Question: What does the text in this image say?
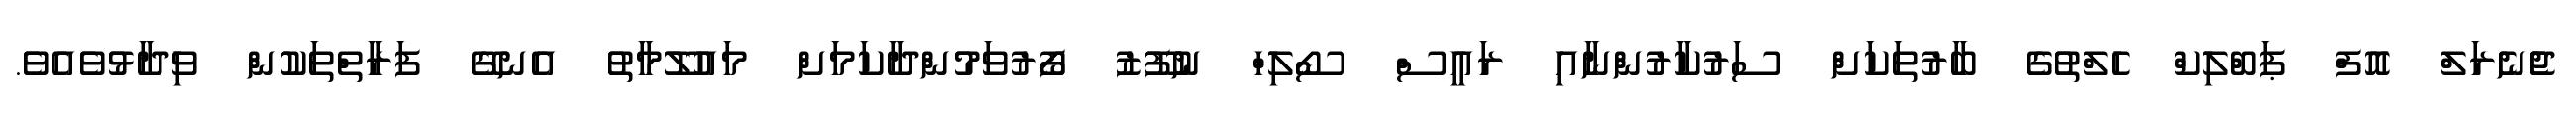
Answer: ޖެެނެރަލް އޮފް ޕަބްލިކް ހެލްތުގެ ބާރުތަކަށް ސަރުކާރުންނާއި ރައީސް ސޯލިހް ނުފޫޒު ފޯރުވަމުންދާކަމަށް މައުލޫމާތު އެނގޭ ފަރާތްތަކުން ވިދާޅުވެއެވެ.